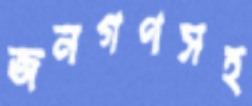
জনগণসহ